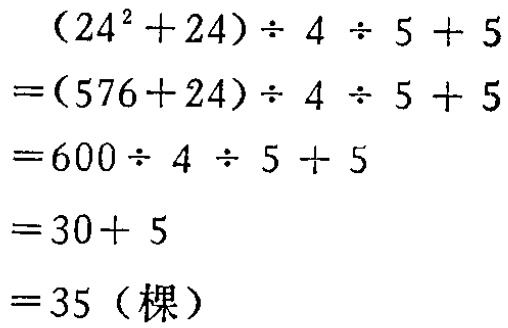
\[

\begin{align*}

&(24^{2}+24)\div4\div5 + 5\\

=&(576 + 24)\div4\div5+5\\

=&600\div4\div5 + 5\\

=&30+5\\

=&35(\text{棵})

\end{align*}

\]